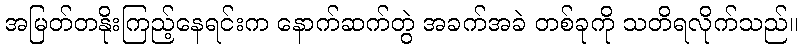
အမြတ်တနိုးကြည့်နေရင်းက နောက်ဆက်တွဲ အခက်အခဲ တစ်ခုကို သတိရလိုက်သည်။